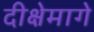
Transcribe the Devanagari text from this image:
दीक्षेमागे